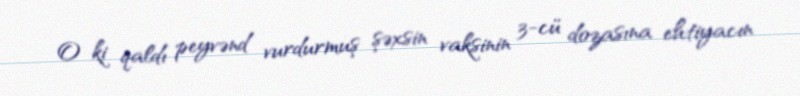
O ki qaldı peyvənd vurdurmuş şəxsin vaksinin 3-cü dozasına ehtiyacın